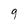
Character: 9